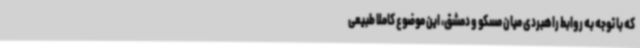
که با توجه به روابط راهبردی میان مسکو و دمشق، ‌این موضوع کاملا طبیعی